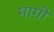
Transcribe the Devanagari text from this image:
माग़ी